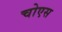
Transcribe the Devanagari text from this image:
चोएस